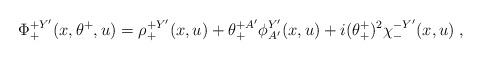
LaTeX: \begin{align*}\Phi^{+Y'}_+(x,\theta^+,u) = \rho^{+Y'}_+(x,u) +\theta^{+A'}_+\phi^{Y'}_{A'}(x,u) +i(\theta^+_+)^2 \chi^{-Y'}_{-}(x,u)\; ,\end{align*}